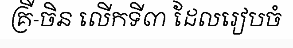
គ្រី-ចិន លើកទី៣ ដែលរៀបចំ